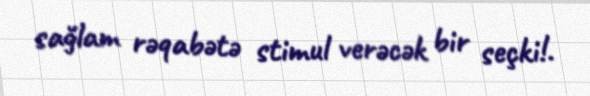
sağlam rəqabətə stimul verəcək bir seçki!.